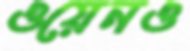
ওয়েনও